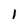
Character: 1